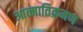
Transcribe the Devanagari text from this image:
आत्मातिक्रमण